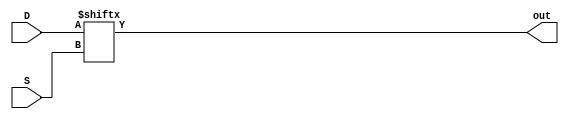
// listing all inputs and outputs, by convention outputs go first
module mux(out,D,S);
  output out;
  input [1:0]D;
  input S;
  assign out = D[S];
endmodule


module p4(out,D,S);
  output out;
  input [15:0]D;
  input [3:0]S;
  mux m1(out1,D[1:0],S[0]);
  mux m2(out2,D[3:2],S[0]);
  mux m3(out3,D[5:4],S[0]);
  mux m4(out4,D[7:6],S[0]);
  mux m5(out5,D[9:8],S[0]);
  mux m6(out6,D[11:10],S[0]);
  mux m7(out7,D[13:12],S[0]);
  mux m8(out8,D[15:14],S[0]);
  mux m9(out9,{out2,out1},S[1]);
  mux m10(out10,{out4,out3},S[1]);
  mux m11(out11,{out6,out5},S[1]);
  mux m12(out12,{out8,out7},S[1]);
  mux m13(out13,{out10,out9},S[2]);
  mux m14(out14,{out12,out11},S[2]);
  mux m15(out,{out14,out13},S[3]);
endmodule